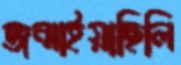
জন্মাইয়াছিলি